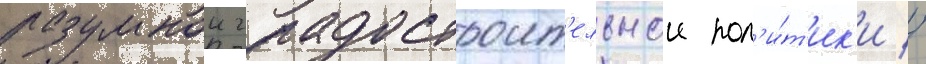
разумнои градостроит'ельнои пол'и́т'ик'и //